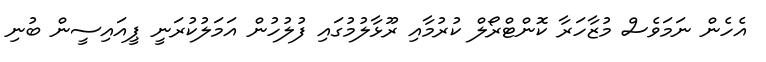
އެހެން ނަމަވެސް މުޒާހަރާ ކޮންޓްރޯލް ކުރުމާއި ރޫޅާލުމުގައި ފުލުހުން އަމަލުކުރަނީ ޕީއައިސީން ބުނި